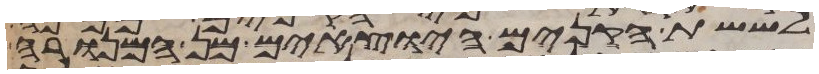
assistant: לששת הקנים היוצאים מן המנורה